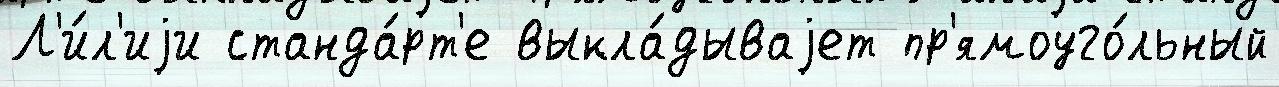
Л'и́л'иjи станда́рт'е выкла́дываjет пр'ямоуго́льный